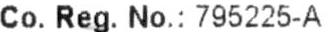
CO. REG. NO. : 795225-A